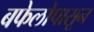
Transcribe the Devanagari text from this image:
बफेलोपासून